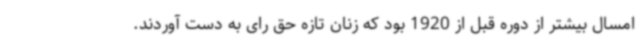
امسال بیشتر از دوره قبل از 1920 بود که زنان تازه حق رای به دست آوردند.